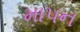
માપન